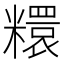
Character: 糫